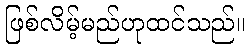
ဖြစ်လိမ့်မည်ဟုထင်သည်။